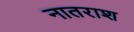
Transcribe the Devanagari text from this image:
नातराश